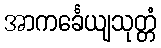
အာကင်္ခေယျသုတ္တံ